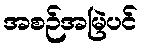
အစဉ်အမြဲပင်